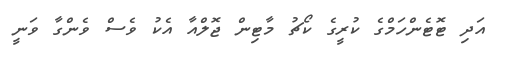
އަދި ޓޮޓެންހަމްގެ ކުރީގެ ކޯޗު މާޓިން ޖޮލްއާ އެކު ވެސް ވެންގާ ވަނީ